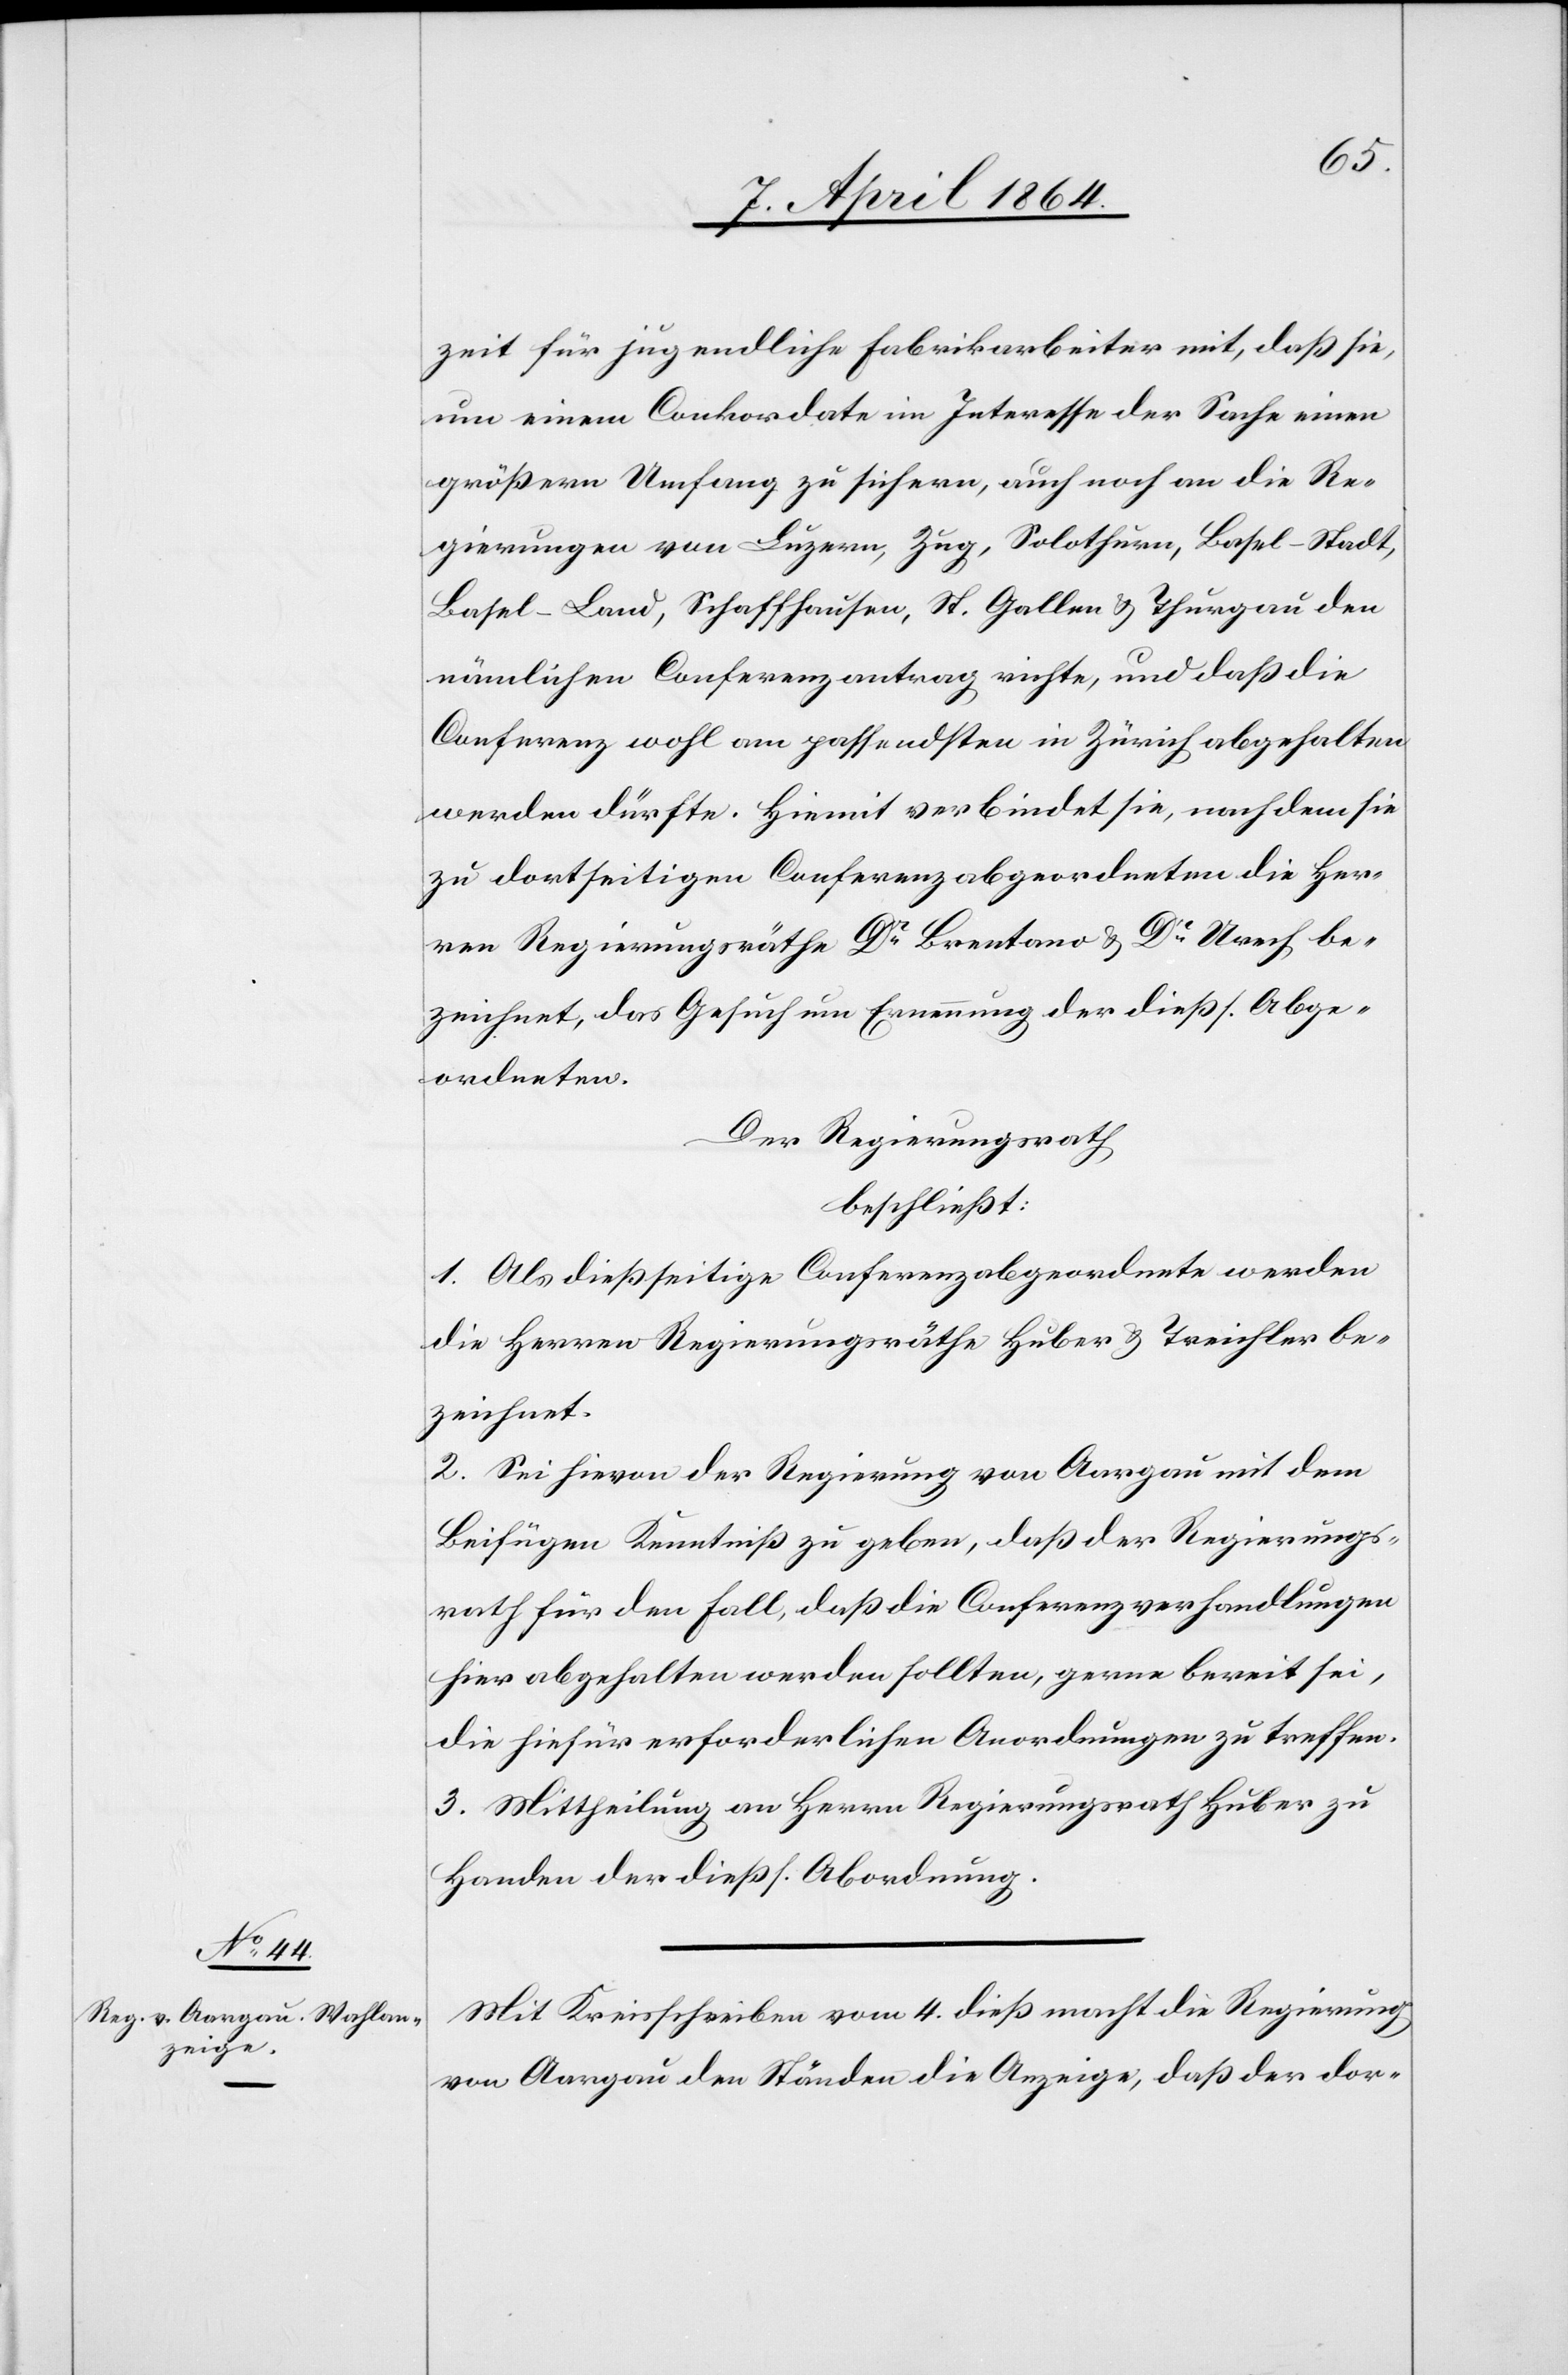
zeit für jugendliche Fabrikarbeiter mit, daß sie,
um einem Conkordate im Interesse der Sache einen
größern Umfang zu sichern, auch noch an die Re¬
gierungen von Luzern, Zug, Solothurn, Basel-Stadt,
Basel-Land, Schaffhausen, St. Gallen u. Thurgau den
nämlichen Conferenzantrag richte, und daß die
Conferenz wohl am passendsten in Zürich abgehalten
werden dürfte. Hiemit verbindet sie, nach dem sie
zu dortseitigen Conferenzabgeordneten die Her¬
ren Regierungsräthe Dr Brentano u. Dr Urech be¬
zeichnet, das Gesuch um Ernennung der dießs. Abge¬
ordneten.
Der Regierungsrath
beschließt:
1. Als dießseitige Conferenzabgeordnete werden
die Herren Regierungsräthe Huber u. Treichler be¬
zeichnet.
2. Sei hievon der Regierung von Aargau mit dem
Beifügen Kenntniß zu geben, daß der Regierungs¬
rath für den Fall, daß die Conferenzverhandlungen
hier abgehalten werden sollten, gerne bereit sei,
die hiefür erforderlichen Anordnungen zu treffen.
3. Mittheilung an Herrn Regierungsrath Huber zu
Handen der dießs. Abordnung.
Mit Kreisschreiben vom 4. dieß macht die Regierung
von Aargau den Ständen die Anzeige, daß der dor-